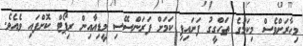
މިހާރަށްވެސް މިކަމުގެ ތަހްގީގު ފަށައިފި ކަމަށް ފަރަންސޭސި މީޑިއާއިން ރިޕޯޓް ކޮށްފައި ވެއެވެ.